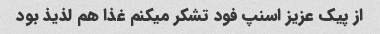
از پیک عزیز اسنپ فود تشکر میکنم غذا هم لذیذ بود